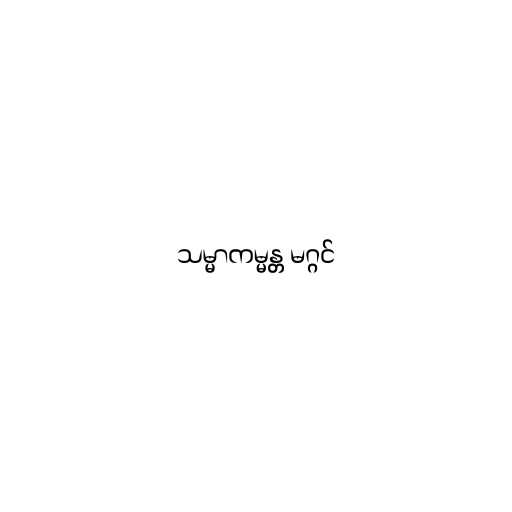
သမ္မာကမ္မန္တ မဂ္ဂင်